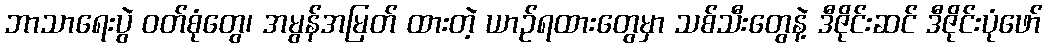
ဘာသာရေးပွဲ ဝတ်စုံတွေ၊ အမွန်အမြတ် ထားတဲ့ ယာဉ်ရထားတွေမှာ သစ်သီးတွေနဲ့ ဒီဇိုင်းဆင် ဒီဇိုင်းပုံဖော်